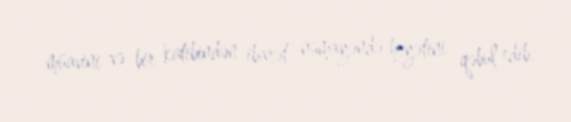
müavini və bir katibindən ibarət nümayəndə heyətini qəbul edib.